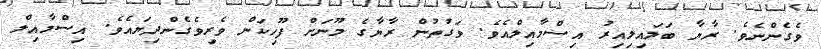
ވެގެންނެވެ. ރާޔާ ބަލައިލިއިރު އިސްމާއިލްއެވެ. ވަގުތުން ރާޔާގެ މޫނަށް ފޫހިކަން ވެރިވެގެންދިޔައެވެ. އިސްމާއިލް